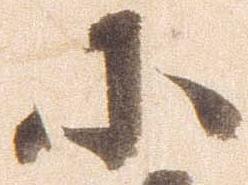
小